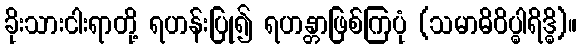
ခိုးသားငါးရာတို့ ရဟန်းပြု၍ ရဟန္တာဖြစ်ကြပုံ (သမာဓိဝိပ္ဓါရိဒ္ဓိ)။